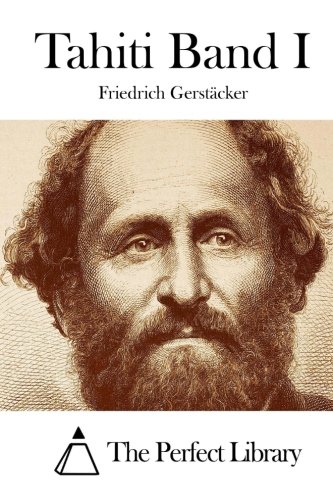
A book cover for Tahiti Band I (German Edition); Friedrich GerstÃ¤cker; Travel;